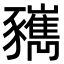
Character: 𧲑